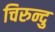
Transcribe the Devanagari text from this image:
चिरुन्दु